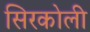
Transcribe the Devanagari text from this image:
सिरकोली